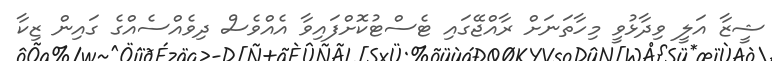
ޝީޒާ އަލީ ވިދާޅުވީ މިހާތަނަށް ރާއްޖޭގައި ޓެސްޓުކޮށްފައިވާ އެއްވެސް ދިވެއްސެއްގެ ގައިން ޒިކާ